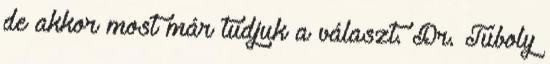
de akkor most már tudjuk a választ. Dr. Tuboly